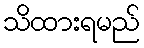
သိထားရမည်